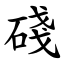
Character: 碊